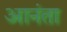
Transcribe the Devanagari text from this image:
आनंता